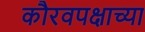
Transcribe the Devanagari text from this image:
कौरवपक्षाच्या